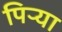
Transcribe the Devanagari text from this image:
पिऱ्या